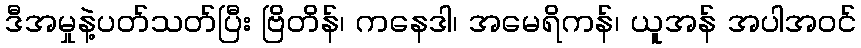
ဒီအမှုနဲ့ပတ်သတ်ပြီး ဗြိတိန်၊ ကနေဒါ၊ အမေရိကန်၊ ယူအန် အပါအဝင်